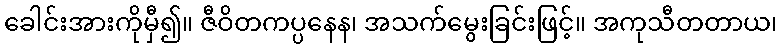
ခေါင်းအားကိုမှီ၍။ ဇီဝိတကပ္ပနေန၊ အသက်မွေးခြင်းဖြင့်။ အကုသီတတာယ၊